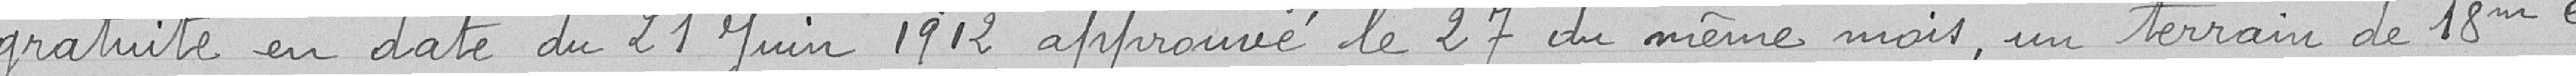
gratuite en date du 21 juin 1912 approuvé le 27 du même mois, un terrain de 18 mètres carrés